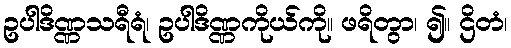
ဥပါဒိဏ္ဏသရီရံ၊ ဥပါဒိဏ္ဏကိုယ်ကို။ ဖရိတွာ၊ ၍။ ဌိတံ၊